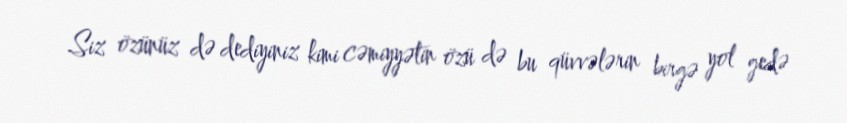
Siz özünüz də dediyiniz kimi cəmiyyətin özü də bu qüvvələrin birgə yol gedə